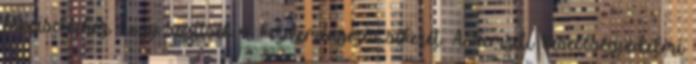
képviselőihez, hogy segítsék a kezdeményezés sikerét. A Nemzeti Kisebbségvédelmi